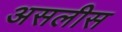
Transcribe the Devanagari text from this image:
असलीस